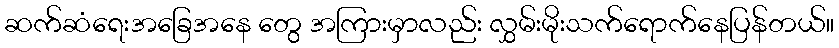
ဆက်ဆံရေးအခြေအနေ တွေ အကြားမှာလည်း လွှမ်းမိုးသက်ရောက်နေပြန်တယ်။